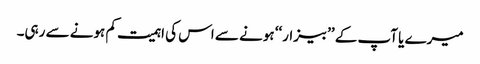
میرے یا آپ کے ’’بیزار‘‘ ہونے سے اس کی اہمیت کم ہونے سے رہی۔